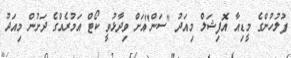
ފުލުހުންގެ މީޑިއާ އޮފިޝަލް މިއަދު "ސަން"އަށް ވިދާޅުވީ ކޯޓް އަމުރެއްގެ ދަށުން މިއަދު